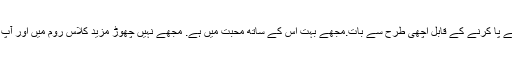
مجھے لگتا ہے کہ یہ ہے کیونکہ میں نے پا کرنے کے قابل اچھی طرح سے بات.مجھے بہت اس کے ساتھ محبت میں ہے. مجھے نہیں چھوڑ مزید کلاس روم میں اور آپ صرف یہ دیکھنے کے فاصلے پر ہے ۔